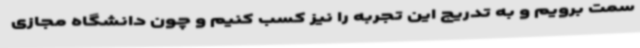
سمت برویم و به تدریج این تجربه را نیز کسب کنیم و چون دانشگاه مجازی